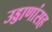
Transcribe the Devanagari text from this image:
उड्डाणांसह